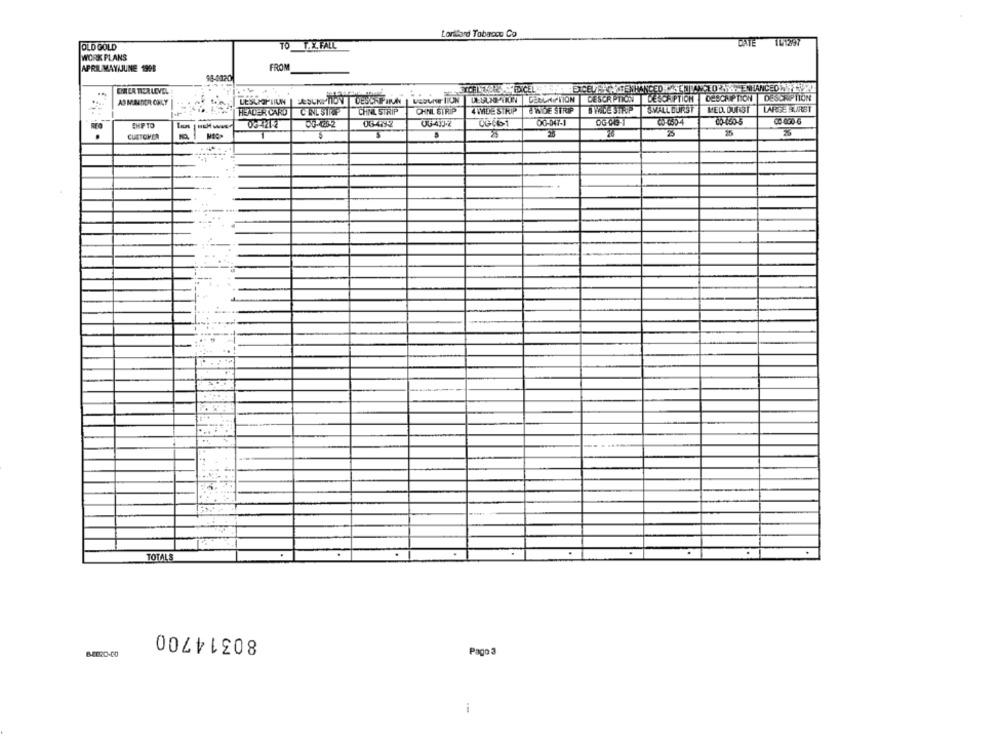
Lorilard Tobacco Co
TO T.X. FALL
OLD GOLD
WORK PLANS
FROM
APRILMAY/JUNE 1998
18-0020
DESCRIPTION DESCRIPTION DESCRIPTION DESCRIPTION
AO MUNDOR ONLY
HEADER CARD
CILSTRA
CHNL STRIP
CHNL STRIP
4 WIDE STRIP
IWOE STRIP
SMALL DURST
MED. DUNST
LARGE HURST
CHP TO
06421-2
06471-2
0G661
00-047-1
OG Ve 1
CO-6554
00-150-5
25
20
25
CUSTOMER
3. ..
TOTALE
80314700
84820-00
Pago 3